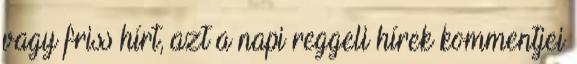
vagy friss hírt, azt a napi reggeli hírek kommentjei